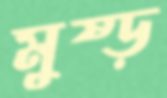
মুষ্‌ড়